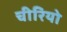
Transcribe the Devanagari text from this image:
चीरियो